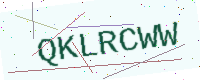
Text: QKLRCWW